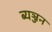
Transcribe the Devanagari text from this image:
ब्यञ्जन